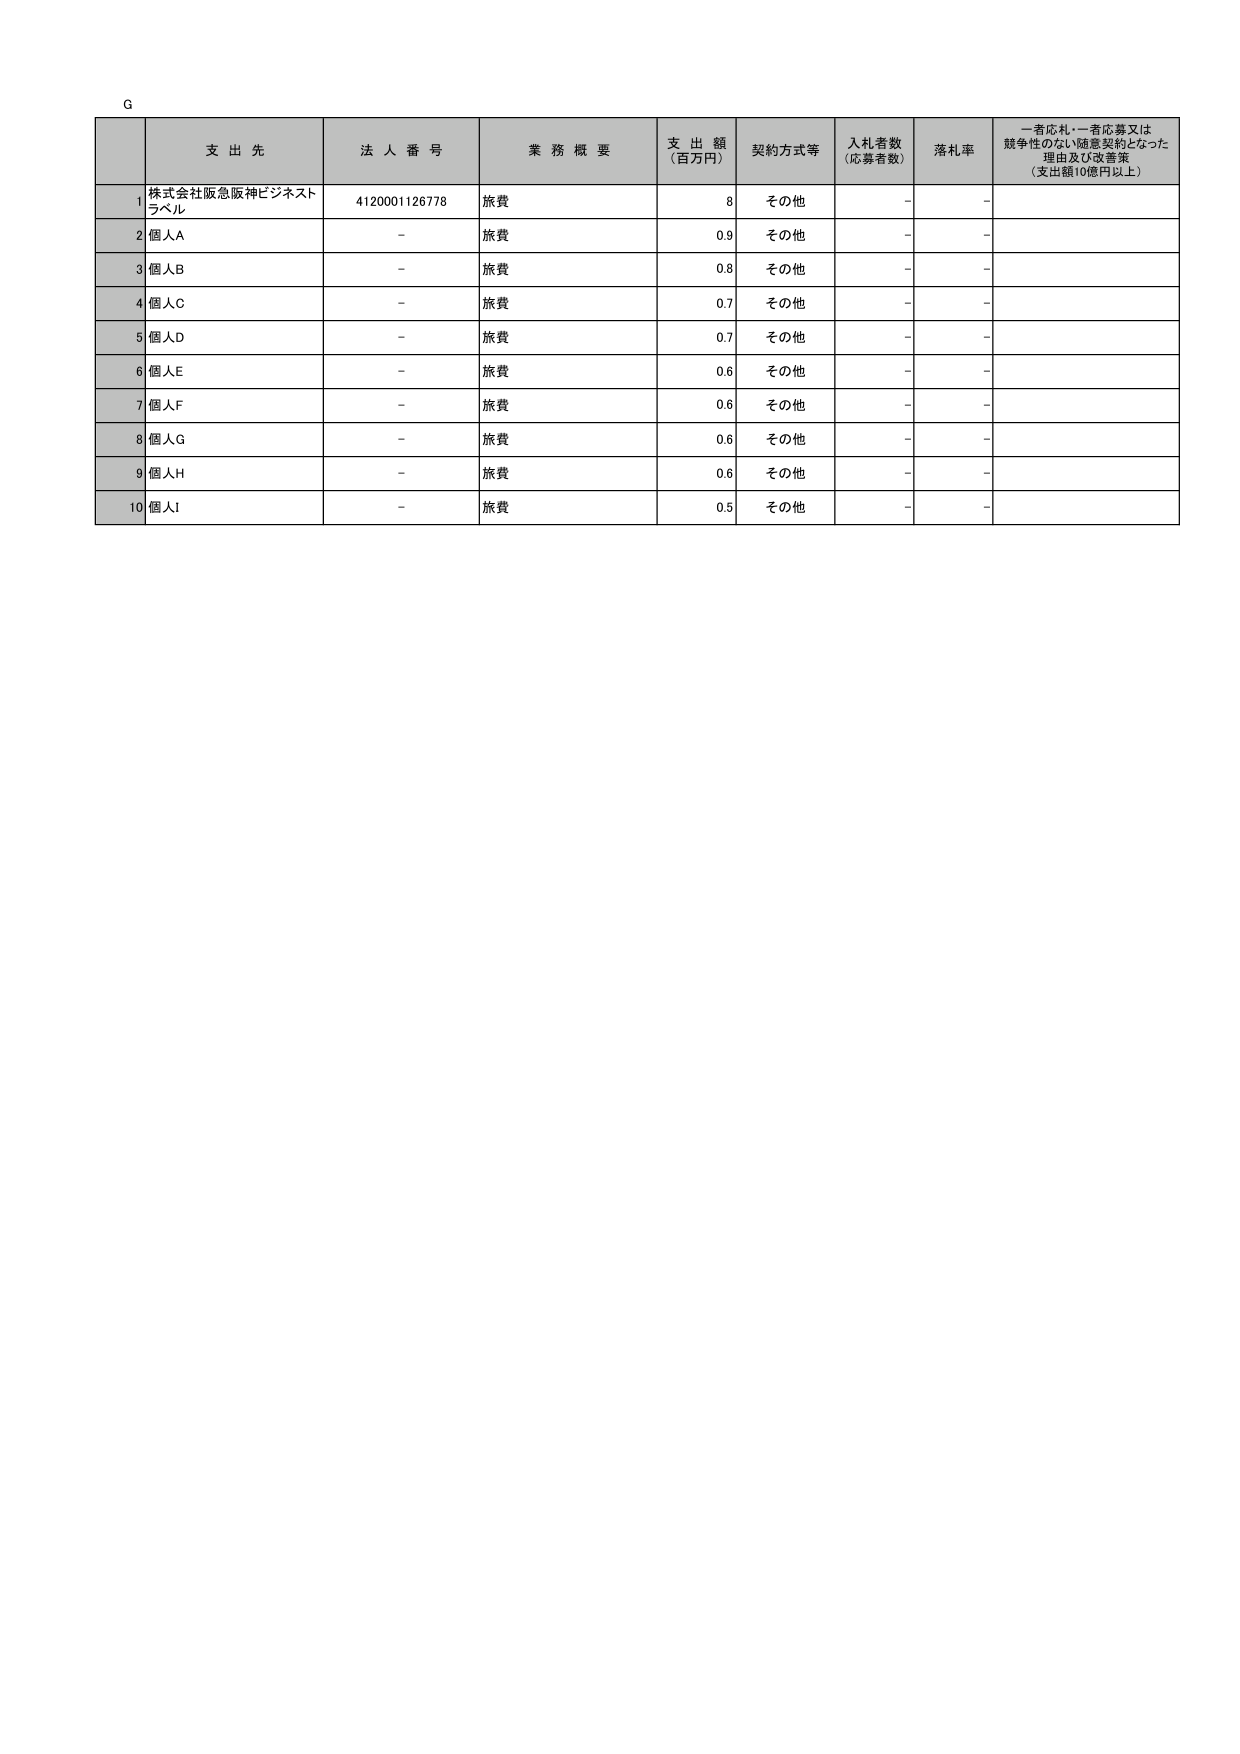
G

支 出 先 法 人 番 号 業 務 概 要 支 出 額 （百万円） 契約方式等 入札者数 （応募者数） 落札率 一者応札・一者応募又は 競争性のない随意契約となった 理由及び改善策 （支出額10億円以上）

1 株式会社阪急阪神ビジネストラベル 4120001126778 旅費 8 その他 - -

2 個人A - 旅費 0.9 その他 - -

3 個人B - 旅費 0.8 その他 - -

4 個人C - 旅費 0.7 その他 - -

5 個人D - 旅費 0.7 その他 - -

6 個人E - 旅費 0.6 その他 - -

7 個人F - 旅費 0.6 その他 - -

8 個人G - 旅費 0.6 その他 - -

9 個人H - 旅費 0.6 その他 - -

10 個人I - 旅費 0.5 その他 - -